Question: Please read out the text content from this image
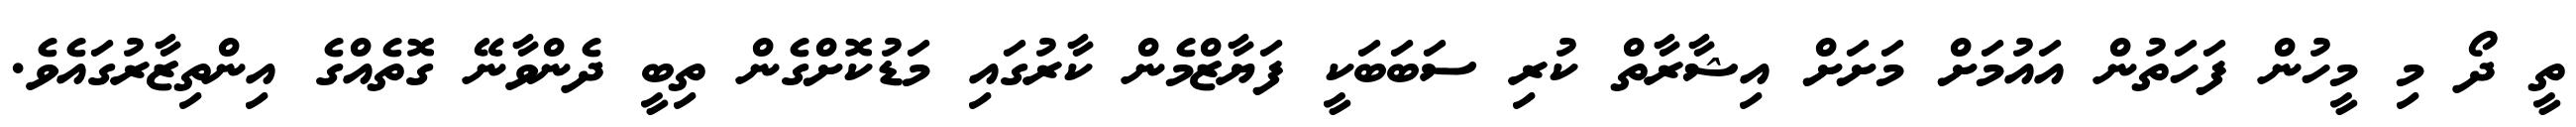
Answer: ތީ ދޯ މި މީހުން ފަހަތުން އައުމަށް މަށަށް އިޝާރާތް ކުރި ސަބަބަކީ ފަޔާޒްމެން ކާރުގައި މަޑުކޮށްގެން ތިބީ ދެންވާނޭ ގޮތެއްގެ އިންތިޒާރުގައެވެ.